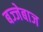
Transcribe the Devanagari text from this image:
बज्जेबाज